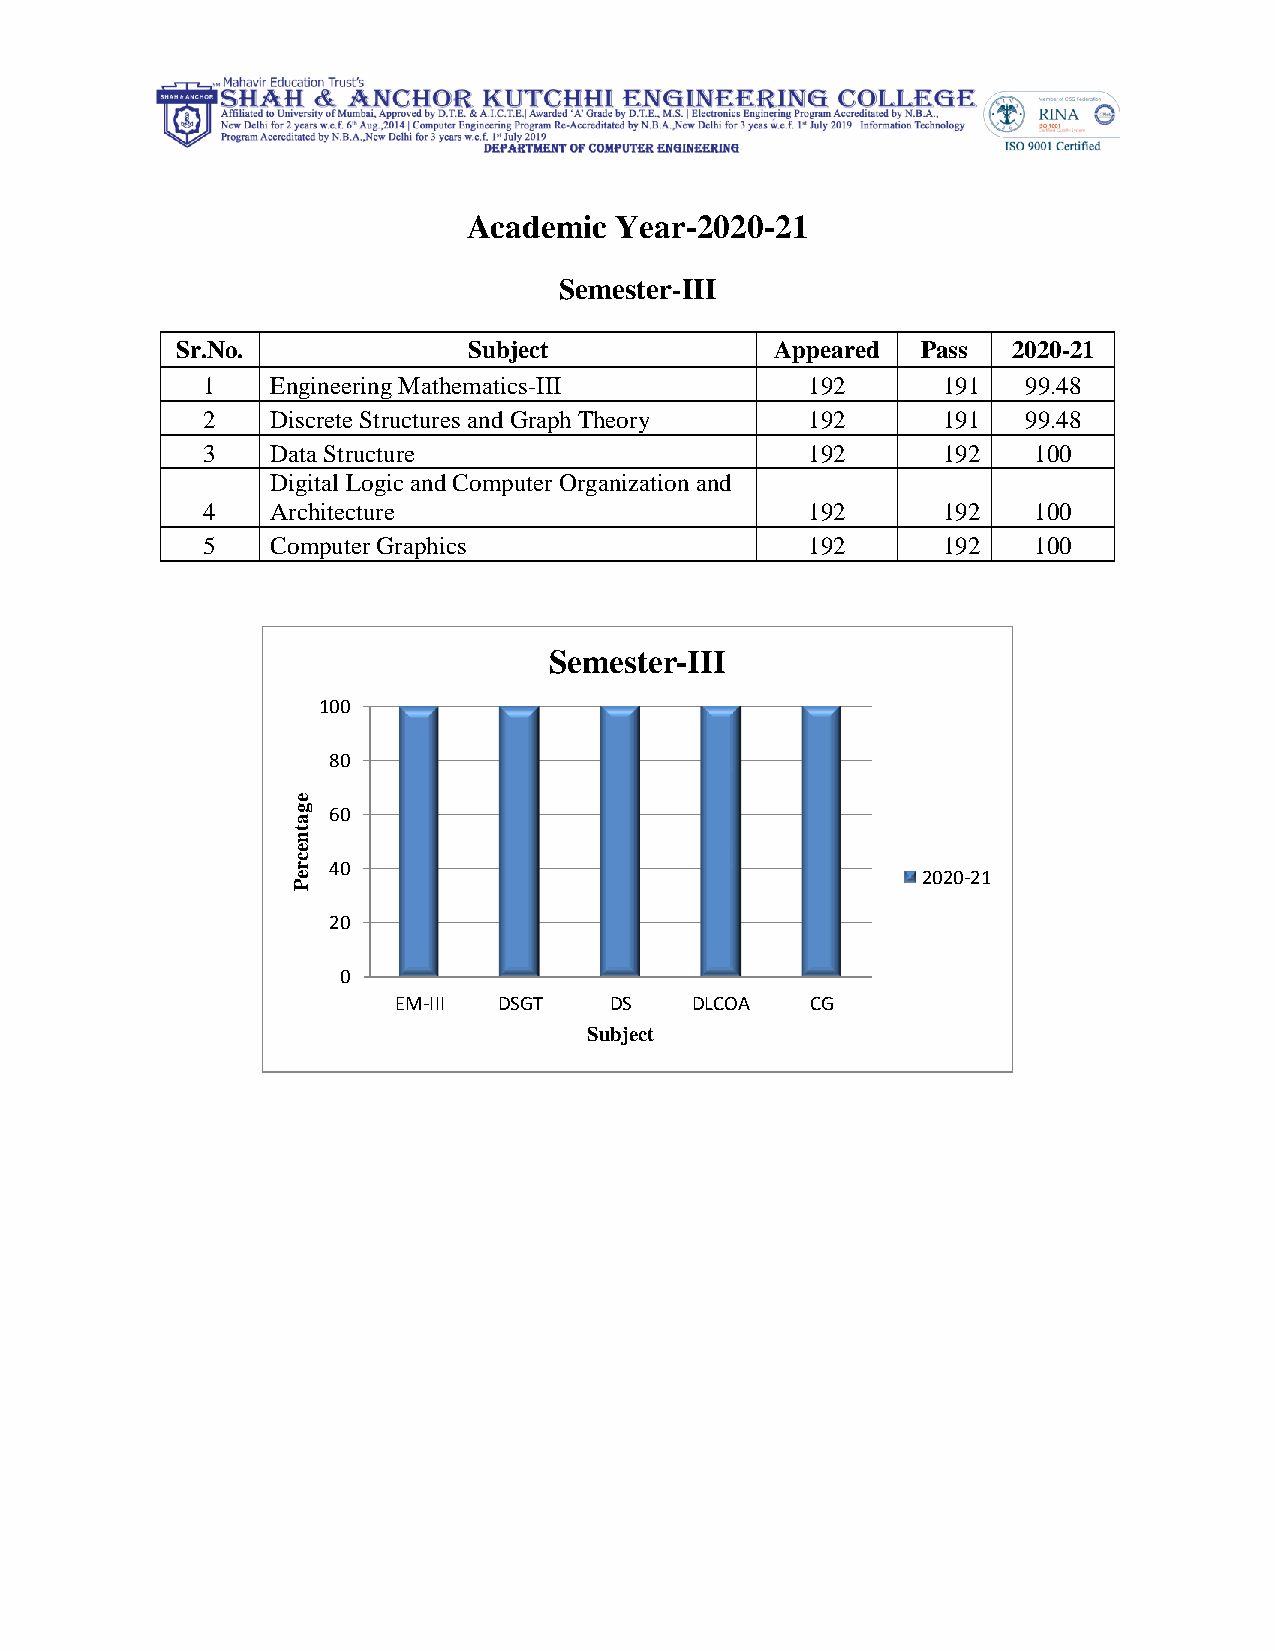
Academic  Year-2020-21
 Semester-III
 Sr.No.             Subject             Appeared  Pass  2020-21
 1    Engineering Mathematics-III         192     191   99.48
 2    Discrete Structures and Graph Theory 192    191   99.48
 3    Data Structure                      192     192   100
 Digital Logic and Computer Organization and
 4    Architecture                        192     192   100
 5    Computer Graphics                   192     192   100
 Semester-III
 100
 80
 e
 g  60
 a
 t
 n
 e
 c
 r  40
 e                                         2020-21
 P
 20
 0
 EM-III DSGT   DS    DLCOA   CG
 Subject